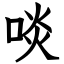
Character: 啖